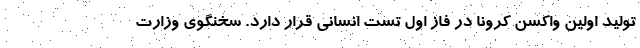
تولید اولین واکسن کرونا در فاز اول تست انسانی قرار دارد. سخنگوی وزارت